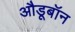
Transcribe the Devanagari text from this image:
औडूबॉन